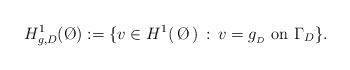
LaTeX: \begin{align*}H^1_{g,D}(\O) := \{v \in H^1(\, \O \,) \, : \, v=g_{_D} \, \, \mbox{on} \,\, \Gamma_D \}.\end{align*}